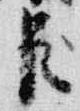
臣